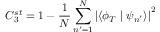
C _ { 3 } ^ { s t } = 1 - \frac { 1 } { N } \sum _ { n ^ { \prime } = 1 } ^ { N } \left| \left\langle \phi _ { T } \mid \psi _ { n ^ { \prime } } \right\rangle \right| ^ { 2 }